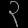
Digit: ၃